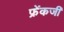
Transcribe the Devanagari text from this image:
फ्रेंकजी